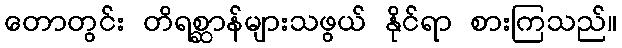
တောတွင်း တိရစ္ဆာန်များသဖွယ် နိုင်ရာ စားကြသည်။